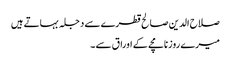
صلاح الدین صالح قطرے سے دجلہ بہاتے ہیں
میرے روزنامچے کے اوراق سے ۔